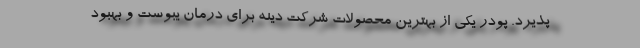
پذیرد. پودر یکی از بهترین محصولات شرکت دینه برای درمان یبوست و بهبود